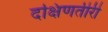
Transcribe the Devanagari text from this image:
दक्षिणतीरी